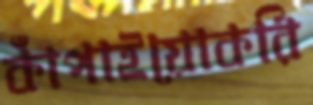
কাঁপাইয়োকরি